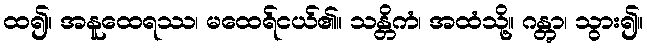
ထ၍။ အနူထေရဿ၊ မထေရ်ငယ်၏။ သန္တိကံ၊ အထံသို့။ ဂန္တွာ၊ သွား၍။